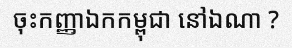
ចុះកញ្ញាឯកកម្ពុជា នៅឯណា ?